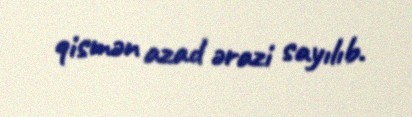
qismən azad ərazi sayılıb.